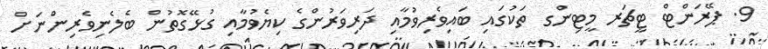
9. ޕޭރަންޓް ޓީޗަރ މީޓިންގ ތަކުގައި ބައިވެރިވުމާއި ދަރިވަރުންގެ ކިޔެވުމާއި ގުޅޭގޮތުން ބެލެނިވެރިންނަށް